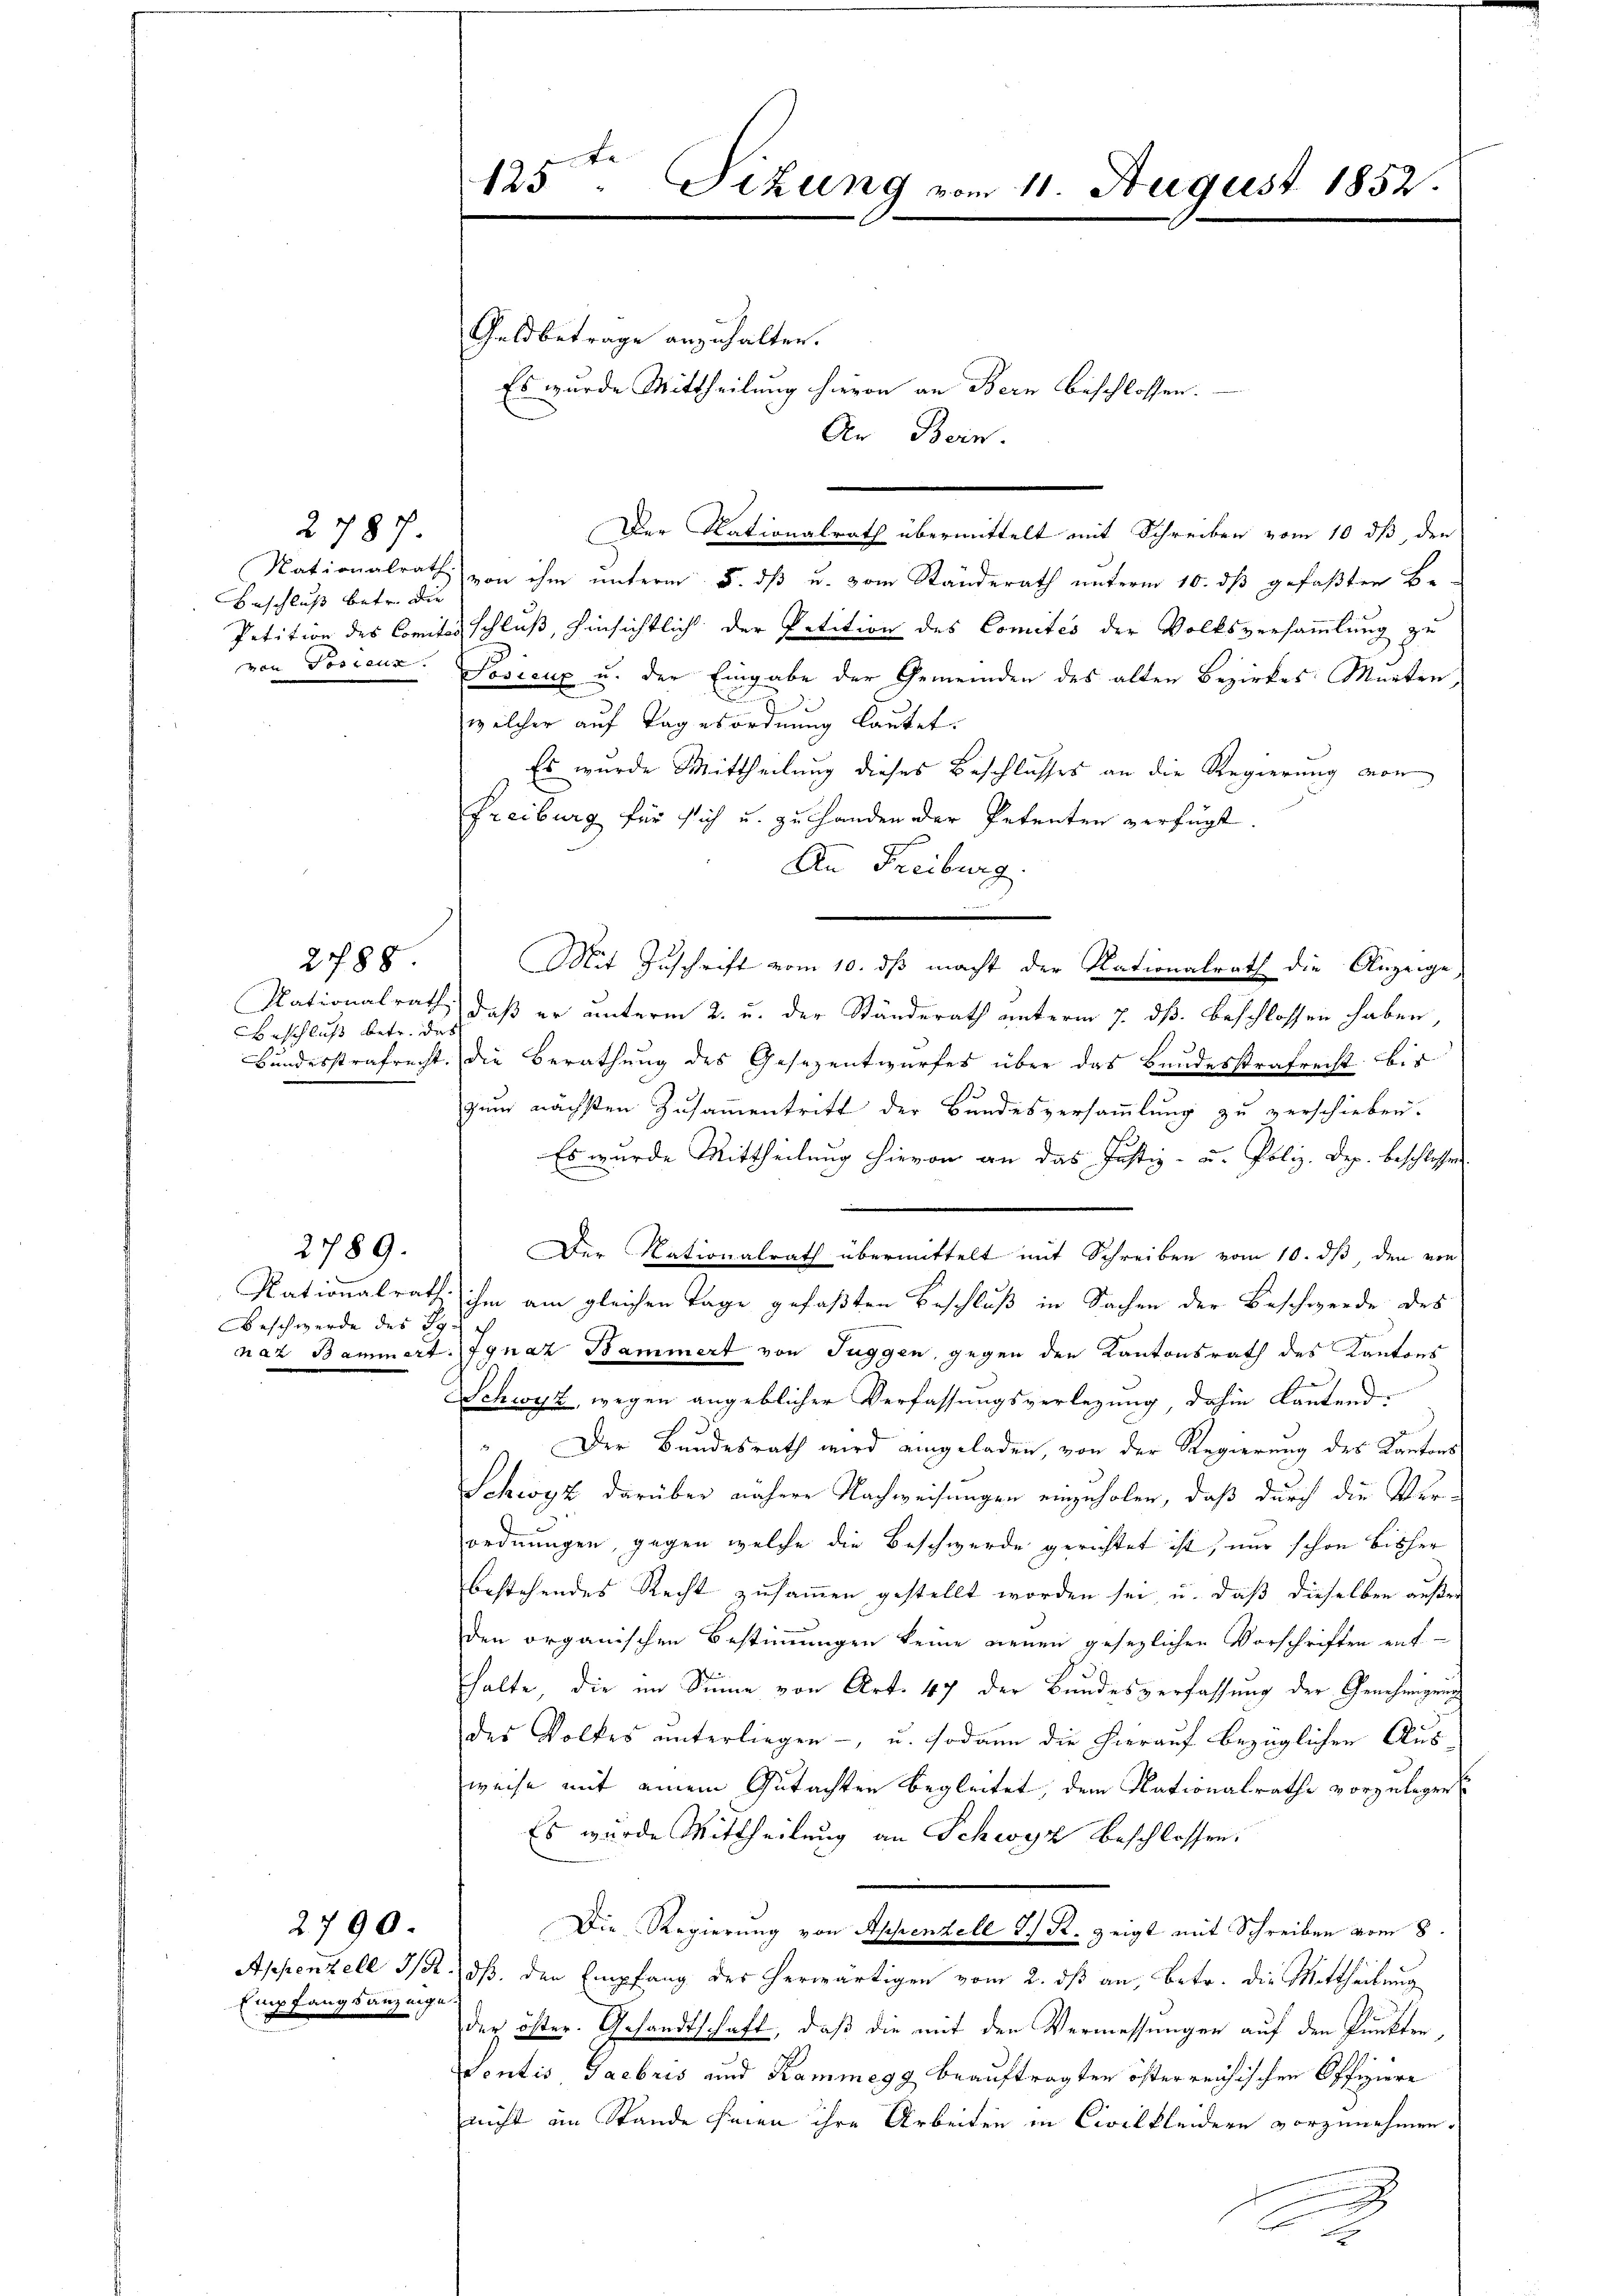
Beschluß betr. die

2787.

Beschluß betr. das

2788

Beschwerde des BG.

2789.

Empfangsanzeige

2790.

te
125. Sitzung vom 11. August 1852.

Geldbetrage anzuhalten.
Es wurde Mittheilung hievon an Bern beschlossen:

An Bern.

Der Nationalrath übermittelt mit Schreiben vom 10 dß, den
Nationalrath von ihm unterm 5. dß u. vom Standerath unterm 10. ds gefaßten Be
Petition des Comites schluss, hinsichtlich der Petition des Comités der Volksversammlung zu
von Posicus Josicux u. der Eingabe der Gemeinden des alten Bezirkes: Marten
welcher auf Tagesordnung lautet.
Es wurde Mittheilung dieses Beschlusses an die Regierung von
Freiburg für sich u. zu handen der Petenten verfügt
An Freiburg.
.
Mit Zuschrift vom 10. ds macht der Nationalrath die Anzeige
Nationalrath, daß er unterm 2. u. der Ständerath unterm 7. dß. beschlossen haben,
Bundesstrafrecht, die Berathung des Gesezentwurfes über das Bundesstrafrecht bis
zum nächsten Zusammentritt der Bundesversammlung zu verschieben.
Es wurde Mittheilung hievon an das Justiz- u. Poliz. Dez. beschlossen
Der Nationalrath übermittelt mit Schreiben vom 10. ds, den von
Nationalrath ihm am gleichen Tage gefaßten Beschluß in Sachen der Beschwerde des
naz Bammert. Ignaz Bammert von Tuggen, gegen den Kantonsrath des Kantons
Schwyz, wegen angeblicher Verfassungsverlegung, dahin lautend:
 Der Bundesrath wird eingeladen, von der Regierung des Kantons
Schwyz darüber nähere Nachweisungen einzuholen, daß durch die Ver-
ordnungen, gegen welche die Beschwerde gerichtet ist, nur schon bisher
bestehendes Recht zusammen gestellt worden sei, u. daß dieselben außer
den organischen Bestimmungen keine neuen gesezlichen Vorschriften ent-
halte, die im Sinne von Art. 47 der Bundesverfassung der Genehmigung
des Volkes unterliegen -, u. sodann die hierauf bezüglichen Ausweise mit einem Gutachten begleitet, dem Nationalrathe vorzulegen
Es wurde Mittheilung an Schwyz beschlossen:
Die Regierung von Appenzell I. R. zeigt mit Schreiben vom 8.
Appenzell 3/5 dß den Empfang des herwärtigen vom 2. ds an, betr. die Mittheilung
der öster. Gesandtschaft, daß die mit den Vermessungen auf den Punkter
Sentis Tacbris und Kammegg beauftragten österreichischen Offiziere
nicht im Stande seien ihre Arbeiten in Civilkleidern vorzunehmen.
F